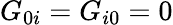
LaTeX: G_{0i}=G_{i0}=0